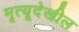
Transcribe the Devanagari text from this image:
मृत्यूदेखील